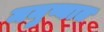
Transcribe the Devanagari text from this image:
मनुष्यात